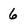
Character: 6